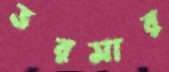
ভরসার